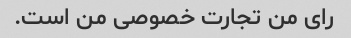
رای من تجارت خصوصی من است.